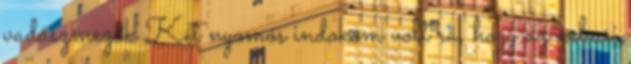
vadászmezők Két nyomós indokom volt rá, hogy az arbusi